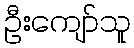
ဦးကျော်သူ